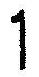
1